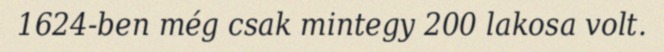
1624-ben még csak mintegy 200 lakosa volt.